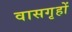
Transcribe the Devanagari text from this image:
वासगृहों